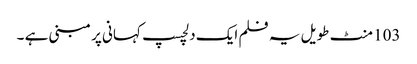
103 منٹ طویل یہ فلم ایک دلچسپ کہانی پر مبنی ہے ۔